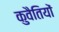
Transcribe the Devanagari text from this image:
कुवैतियों